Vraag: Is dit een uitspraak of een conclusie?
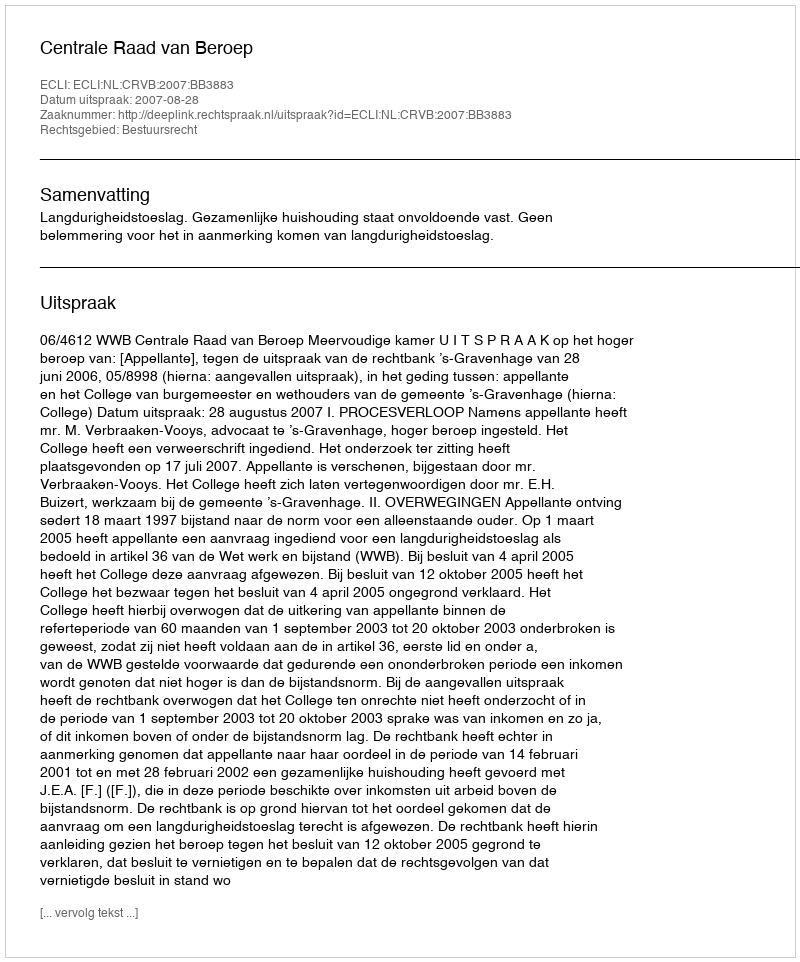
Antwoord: Uitspraak